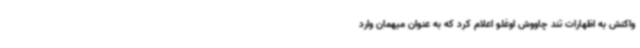
واکنش به اظهارات تند چاووش اوغلو اعلام کرد که به عنوان میهمان وارد